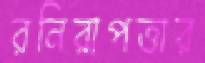
রনিরাপত্তার